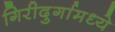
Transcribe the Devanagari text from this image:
गिरीदुर्गामध्ये